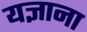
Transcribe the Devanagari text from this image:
यज्ञाना